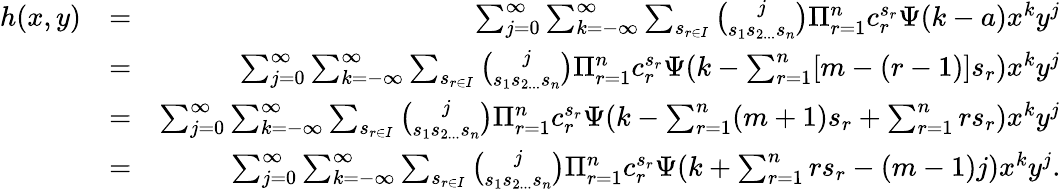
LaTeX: \begin{array}{rlr}{h(x,y)}&{=}&{\sum_{j=0}^{\infty}\sum_{k=-\infty}^{\infty}\sum_{s_{r\in I}}\binom{j}{s_{1}s_{2...}s_{n}}\Pi_{r=1}^{n}c_{r}^{s_{r}}\Psi(k-a)x^{k}y^{j}}\\ &{=}&{\sum_{j=0}^{\infty}\sum_{k=-\infty}^{\infty}\sum_{s_{r\in I}}\binom{j}{s_{1}s_{2...}s_{n}}\Pi_{r=1}^{n}c_{r}^{s_{r}}\Psi(k-\sum_{r=1}^{n}[m-(r-1)]s_{r})x^{k}y^{j}}\\ &{=}&{\sum_{j=0}^{\infty}\sum_{k=-\infty}^{\infty}\sum_{s_{r\in I}}\binom{j}{s_{1}s_{2...}s_{n}}\Pi_{r=1}^{n}c_{r}^{s_{r}}\Psi(k-\sum_{r=1}^{n}(m+1)s_{r}+\sum_{r=1}^{n}rs_{r})x^{k}y^{j}}\\ &{=}&{\sum_{j=0}^{\infty}\sum_{k=-\infty}^{\infty}\sum_{s_{r\in I}}\binom{j}{s_{1}s_{2...}s_{n}}\Pi_{r=1}^{n}c_{r}^{s_{r}}\Psi(k+\sum_{r=1}^{n}rs_{r}-(m-1)j)x^{k}y^{j}.}\end{array}